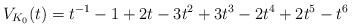
LaTeX: \begin{align*}V_{K_{0}}(t)=t^{-1}-1+2t-3t^{2}+3t^{3}-2t^{4}+2t^{5}-t^{6}\end{align*}